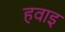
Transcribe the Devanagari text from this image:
हवाइ